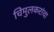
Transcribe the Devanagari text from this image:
चिमुलकरांचा